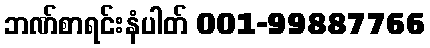
ဘဏ်စာရင်းနံပါတ် 001-99887766